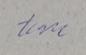
Signature authenticity: genuine